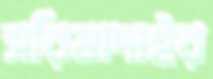
সরিষাদাইর